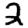
Digit: 2